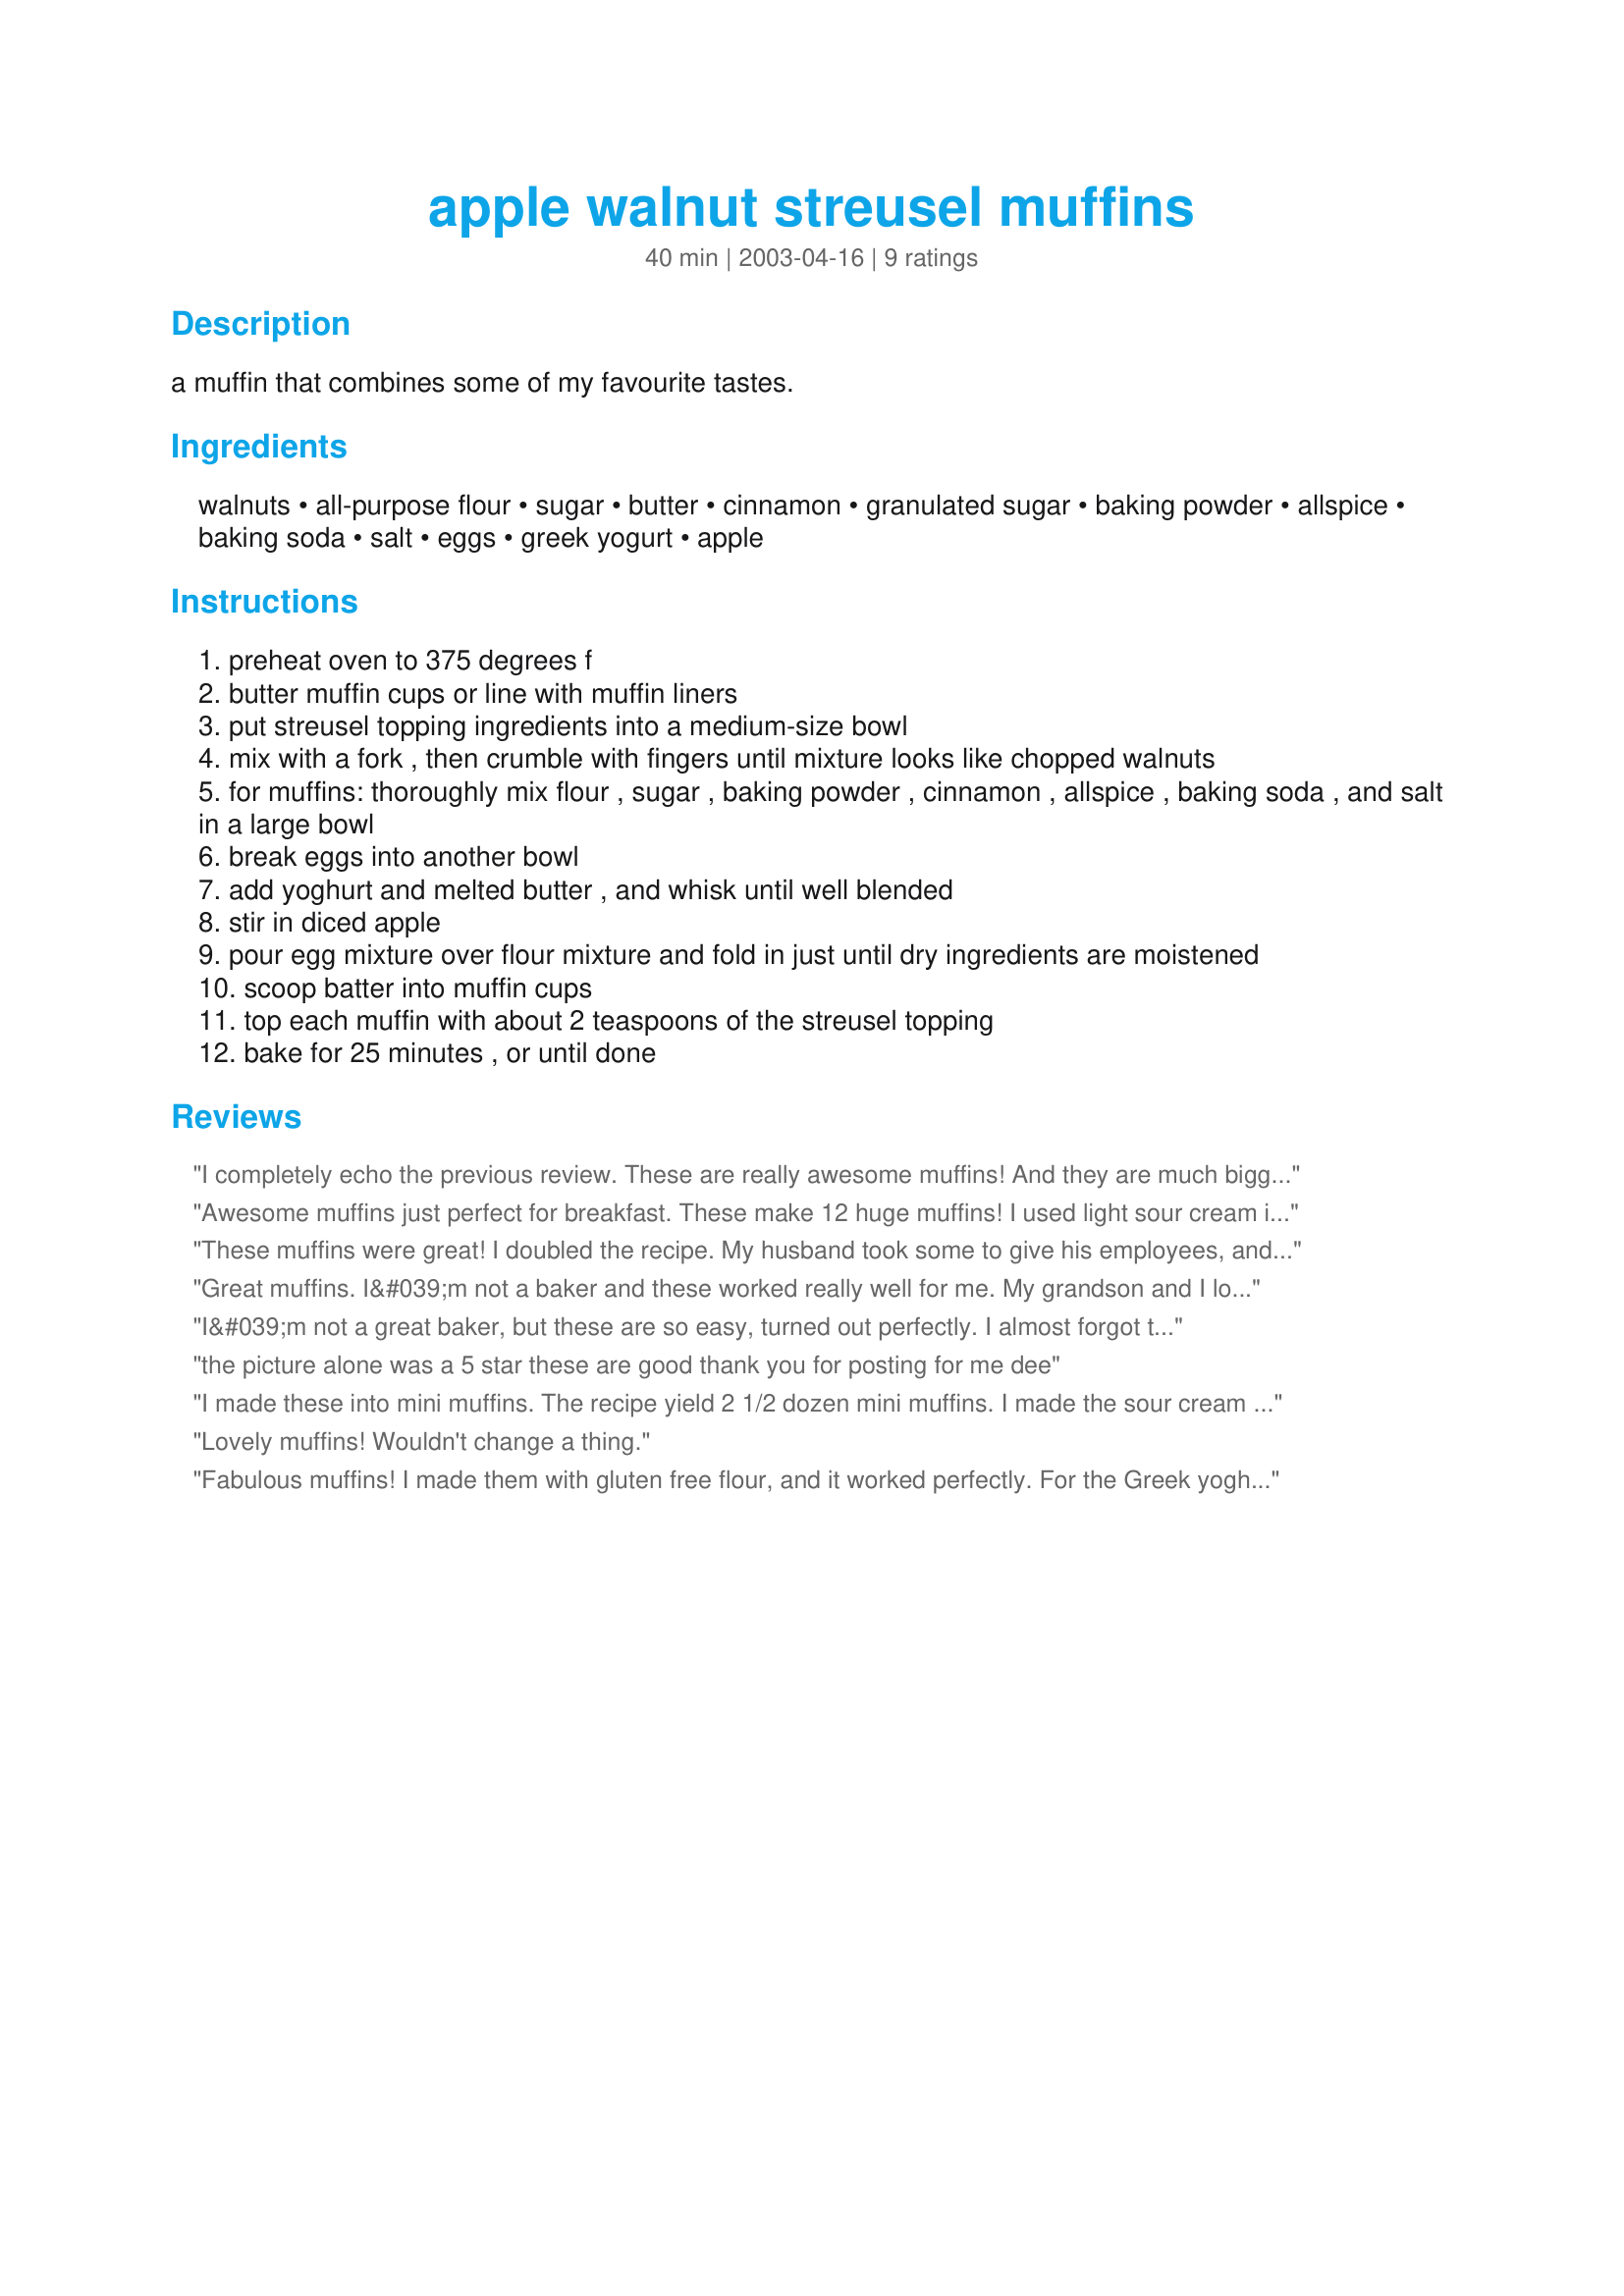
apple walnut streusel muffins
Preparation time: 40 minutes

a muffin that combines some of my favourite tastes.

Ingredients:
walnuts, all-purpose flour, sugar, butter, cinnamon, granulated sugar, baking powder, allspice, baking soda, salt, eggs, greek yogurt, apple

Steps:
preheat oven to 375 degrees f
butter muffin cups or line with muffin liners
put streusel topping ingredients into a medium-size bowl
mix with a fork , then crumble with fingers until mixture looks like chopped walnuts
for muffins: thoroughly mix flour , sugar , baking powder , cinnamon , allspice , baking soda , and salt in a large bowl
break eggs into another bowl
add yoghurt and melted butter , and whisk until well blended
stir in diced apple
pour egg mixture over flour mixture and fold in just until dry ingredients are moistened
scoop batter into muffin cups
top each muffin with about 2 teaspoons of the streusel topping
bake for 25 minutes , or until done

Reviews:
I completely echo the previous review. These are really awesome muffins! And they are much bigger than the average muffin. I used sour cream, but could not find the allspice so I just left it out. I can not believe how much I loved these moist flavorful muffins. Thanks a lot!
Awesome muffins just perfect for breakfast. These make 12 huge muffins! I used light sour cream instead of the greek yogurt, pecans instead of walnus, and as I was out of cinnamon so I added a little nutmeg to compensate -- without any problems. Thanks Evelyn for posting this recipe. We will be having these often during the coming fall season.
These muffins were great! I doubled the recipe. My husband took some to give his employees, and they all raved about them. I found that the cooking time was too much though, and overcooked my first batch. I cut 5 minutes of the next batch and they were still a little dry. Still a great muffin though, and the streusel is fantastic!
Great muffins. I&#039;m not a baker and these worked really well for me. My grandson and I loved how moist they were and the yummy apple flavor with the streusel topping. Thanks for sharing. Made for Culinary Quest 2014.
I&#039;m not a great baker, but these are so easy, turned out perfectly. I almost forgot to add the butter to the streusel mixture, realised at the last minute, just as I was starting to put it on the muffins! easily rectified, and these turned out perfectly, highly recommended! I used the Greek yoghurt. made for Culinary QUEST, PNW region , International Agents of QUEST
the picture alone was a 5 star these are good thank you for posting for me dee
I made these into mini muffins. The recipe yield 2 1/2 dozen mini muffins. I made the sour cream and I pecan variation. It produced a very light and airy muffin. Thanks for the recipe.
Lovely muffins! Wouldn't change a thing.
Fabulous muffins! I made them with gluten free flour, and it worked perfectly. For the Greek yoghurt I used Greek sheep yoghurt. I think my muffin tins were a bit too small, they did rise very nicely, and I got the typical &quot;muffin tops&quot; LOL Thanks for sharing, this was a great way to use some of the many apples from the garden!&lt;br/&gt;Made for CQ 2014
